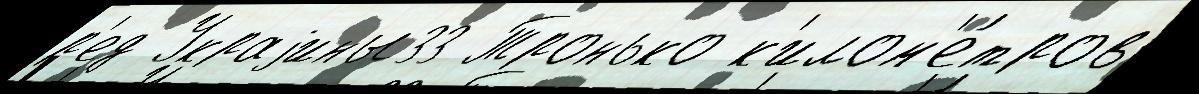
р'ед Украjины33 Тронько к'илом'е́тров